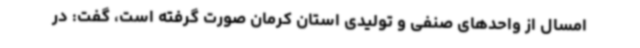
امسال از واحدهای صنفی و تولیدی استان کرمان صورت گرفته است، گفت: در